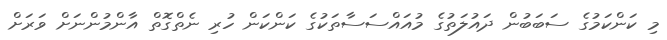
މި ކަންކަމުގެ ސަބަބުން ދައުލަތުގެ މުއައްސަސާތަކުގެ ކަންކަން ހުރި ނެތްގޮތް އާންމުންނަށް ވަރަށް